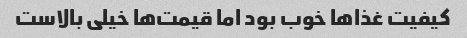
کیفیت غذاها خوب بود اما قیمت‌ها خیلی بالاست